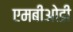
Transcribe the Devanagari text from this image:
एमबीओडी